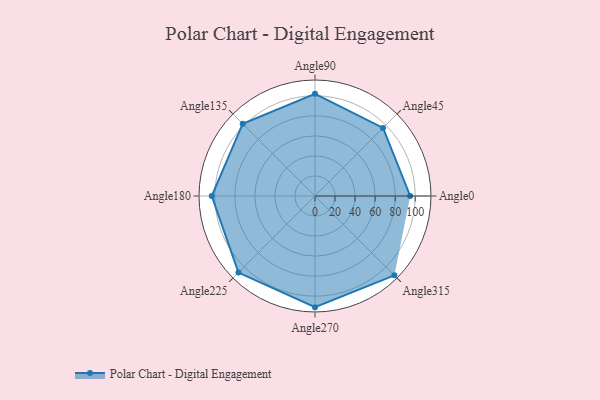
{"axis": {"x": "Angle", "y": "Radius"}, "legend": [""], "data": [{"x": "Angle0", "y": 95.0, "type": ""}, {"x": "Angle45", "y": 96.0, "type": ""}, {"x": "Angle90", "y": 102.0, "type": ""}, {"x": "Angle135", "y": 102.0, "type": ""}, {"x": "Angle180", "y": 103.0, "type": ""}, {"x": "Angle225", "y": 108.0, "type": ""}, {"x": "Angle270", "y": 111.0, "type": ""}, {"x": "Angle315", "y": 112.0, "type": ""}]}